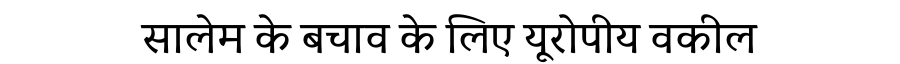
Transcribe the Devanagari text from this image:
सालेम के बचाव के लिए यूरोपीय वकील